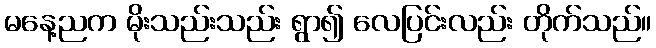
မနေ့ညက မိုးသည်းသည်း ရွာ၍ လေပြင်းလည်း တိုက်သည်။